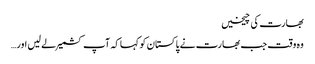
بھارت کی چیخیں
وہ وقت جب بھارت نے پاکستان کو کہا کہ آپ کشمیر لے لیں اور…